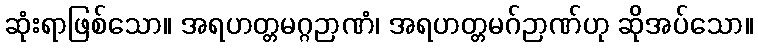
ဆုံးရာဖြစ်သော။ အရဟတ္တမဂ္ဂဉာဏံ၊ အရဟတ္တမဂ်ဉာဏ်ဟု ဆိုအပ်သော။